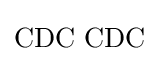
\mathrm {CDC\,\,CDC}